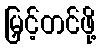
မြှင့်တင်ဖို့